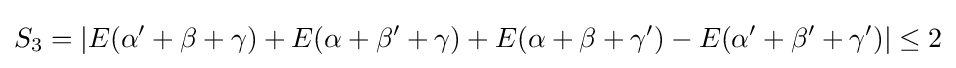
S_{3}=|E(\alpha '+\beta +\gamma )+E(\alpha +\beta '+\gamma )+E(\alpha +\beta +\gamma ')-E(\alpha '+\beta '+\gamma ')|\leq {2}